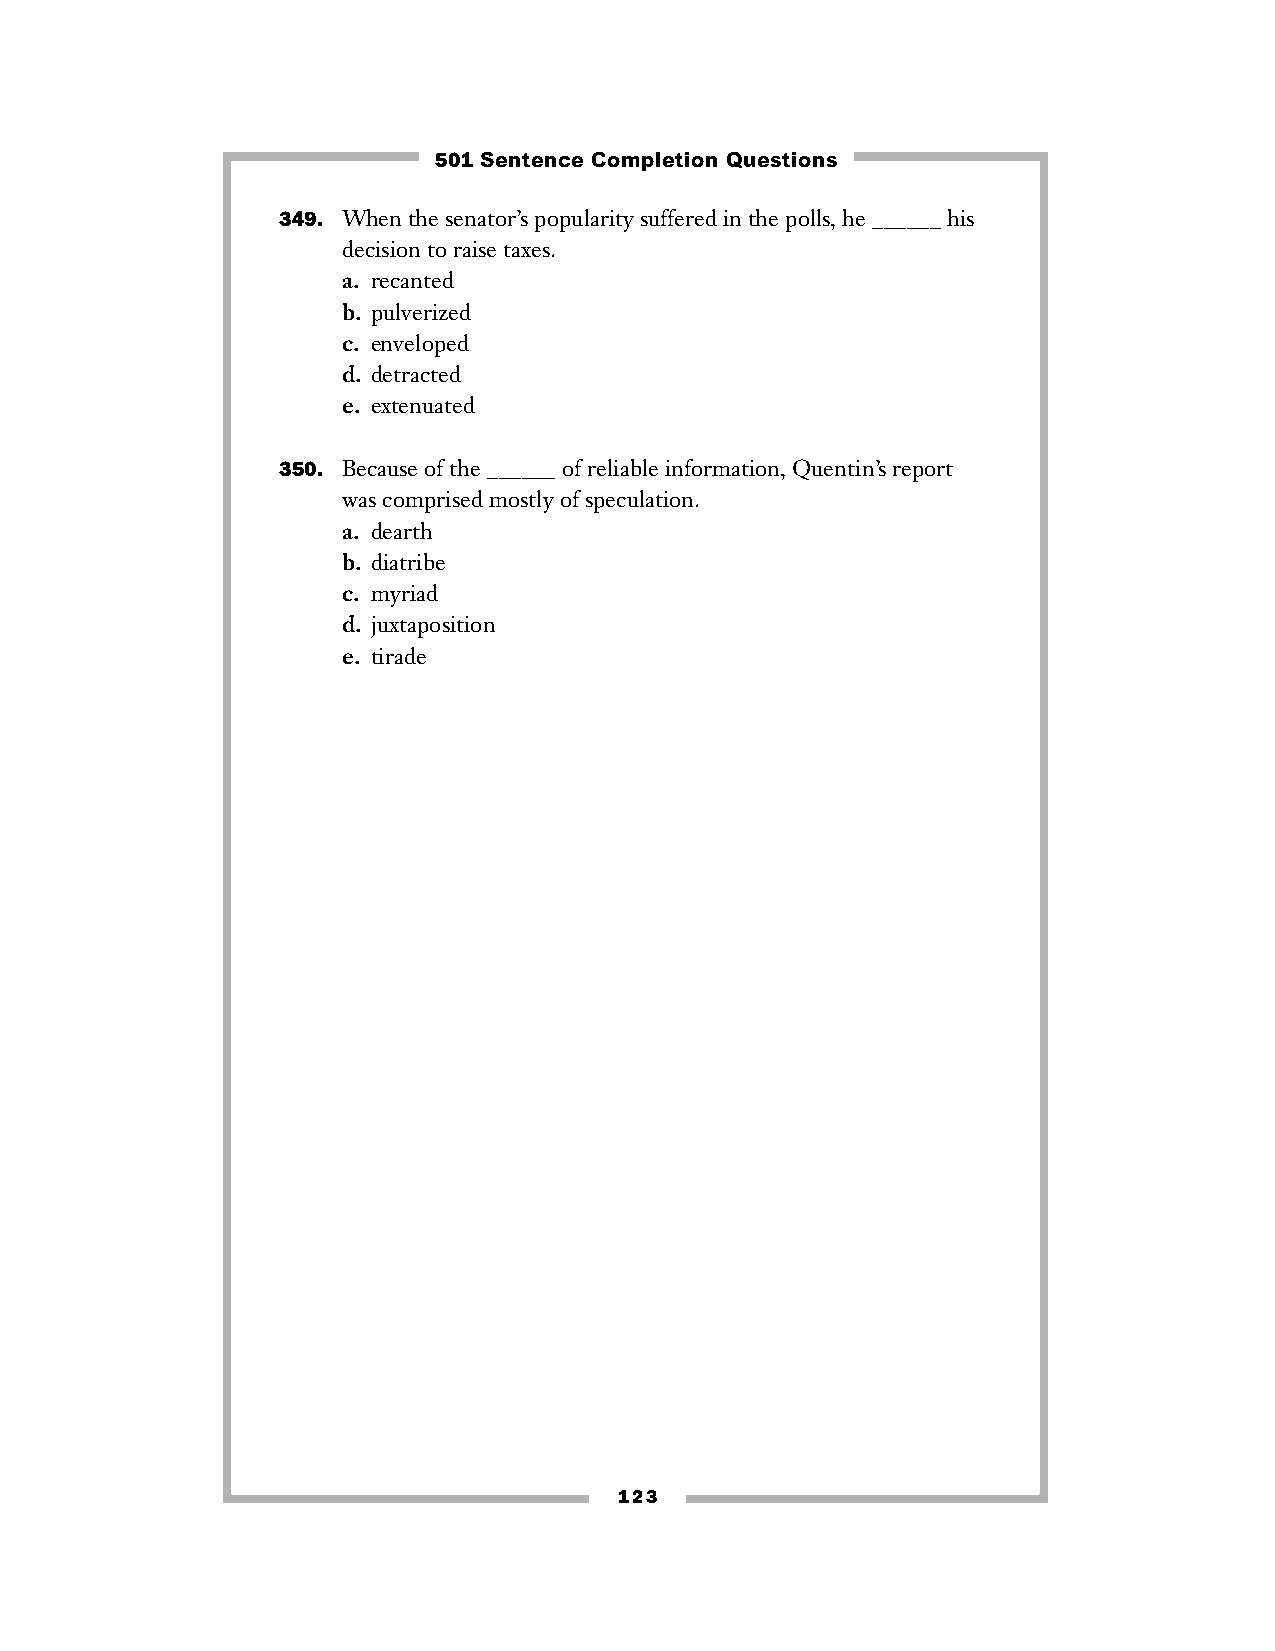
501 Sentence Completion Questions
 349. When the senator’s popularity suffered in the polls, he ______ his
 decision to raise taxes.
 a. recanted
 b. pulverized
 c. enveloped
 d. detracted
 e. extenuated
 350. Because of the ______ of reliable information, Quentin’s report
 was comprised mostly of speculation.
 a. dearth
 b. diatribe
 c. myriad
 d. juxtaposition
 e. tirade
 123